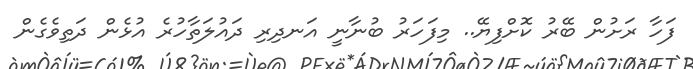
ފަހާ ރަށުން ބޭރު ކޮށްފިޔޭ.. މިފަހަރު ބުނާނީ އަނދިރި ދައުލަތާހުރެ އުޅެން ދަތިވެގެން